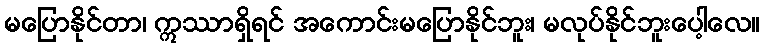
မပြောနိုင်တာ၊ ဣဿာရှိရင် အကောင်းမပြောနိုင်ဘူး၊ မလုပ်နိုင်ဘူးပေါ့လေ။